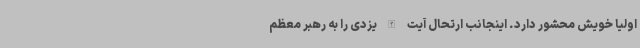
اولیا خویش محشور دارد. اینجانب ارتحال آیت الله یزدی را به رهبر معظم